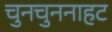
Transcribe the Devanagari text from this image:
चुनचुननाहट